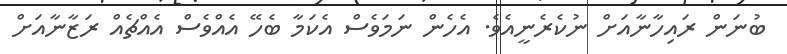
ބުނަން ރައިހާނާއަށް ނުކެރެނީއެވެ. އެހެން ނަމަވެސް އެކަމާ ބެހޭ އެއްވެސް އެއްޗެއް ރަޒާނާއަށް